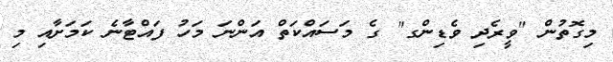
މިގޮތުން "ވީރެދި ވެޑިންގ" ގެ މަސައްކަތް އަންނަ މަހު ފައްޓާނެ ކަމަށާއި މި